Black-water fever - Number 35
Disease focus: Fever
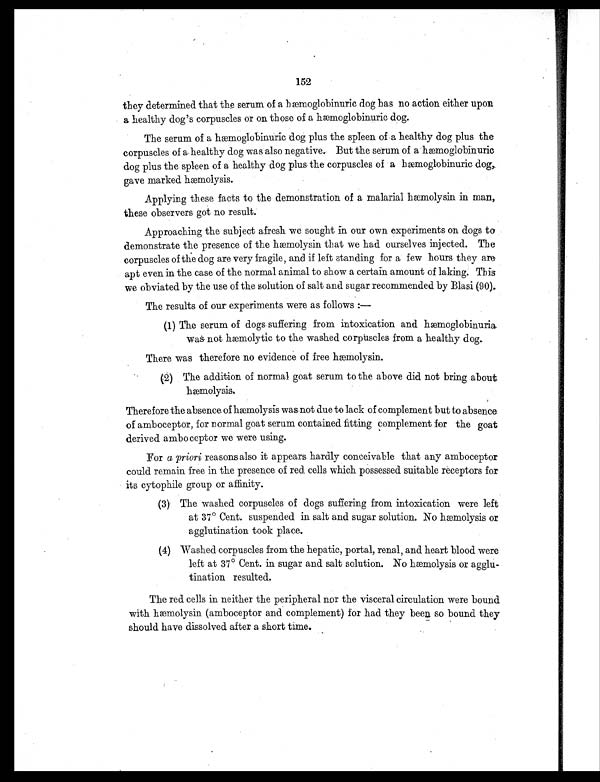
they determined that the serum of a hæmoglobinuric dog has no action either upon
a healthy dog's corpuscles or on those of a hæmoglobinuric dog.
The serum of a hæmoglobinuric dog plus the spleen of a healthy dog plus the
corpuscles of a healthy dog was also negative. But the serum of a hæmoglobinuric
dog plus the spleen of a healthy dog plus the corpuscles of a hæmoglobinuric dog
, g a v e m a r k e d h æ m o l y s i s .
Applying these facts to the demonstration of a malarial hæmolysin in man,
these observers got no result.
Approaching the subject a fresh we sought in our own experiments on dogs to
demonstrate the presence of the hæmolysin that we had ourselves injected. The
corpuscles of the dog are very fragile, and if left standing for a few hours they are
apt even in the case of the normal animal to show a certain amount of laking. This
we obviated by the use of the solution of salt and. sugar recommended by Blasi (90).
The results of our experiments were as follows—
(1) The serum of dogs. suffering from intoxication and hæmoglobinuria
was not hæmolytic to the washed corpuscles from a healthy dog.
There was therefore no evidence of free hæmolysin.
(2) The addition of normal goat serum to the above did not bring about
hæmolysis.
Therefore the absence of hæmolysis was not due to lack of complement but to absence
of amboceptor, for normal goat serum contained fitting complement for the goat
derived amboceptor we were using.
For a priori reasons also it appears hardly conceivable that any amboceptor
could remain free in the presence of red cells which possessed suitable receptors for
its cytophile group or affinity.
( 3 ) T h e w a s h e d c o r p u s c l e s o f d o g s s u f f e r i n g f r o m i n t o x i c a t i o n w e r el
e f t
at 37° Cent. suspended in salt and sugar solution. No hæmolysis or
agglutination took place.
( 4 ) W a s h e d c o r p u s c l e s f r o m t h e h e p a t i c , p o r t a l , r e n a l , a n d h e a r t b l o o d w e r e
left at 37° Cent. in sugar and salt solution. No hæmolysis or agglu-
tination resulted.
The red cells in neither the peripheral nor the visceral circulation were bound
with hæmolysin (amboceptor and complement) for had they been so bound they
should have dissolved after a short time.